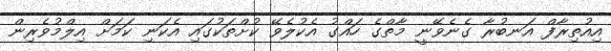
އިއުތިރާފް އަނބުރާ ގެނެވޭނީ މާތްގެ ހައްގު އެކުލެވޭ ކުށްތަކުގައި އެކަނި ކަމަށް އިލްމުވެރިން